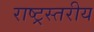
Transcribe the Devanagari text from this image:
राष्ट्रस्तरीय